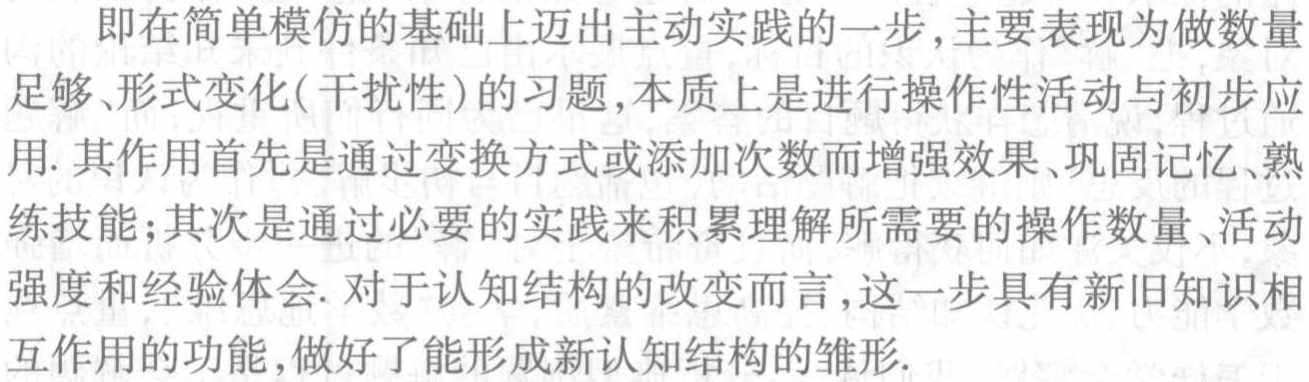
$AD$，又因$HC$与$AD$尚未相交，所以延长$AF$交$HC$于$K$，得$AK \perp HC$，由于$AK$是$\angle HAC$的平分线，因而构成“角平分线 + 垂线”这一等腰三角形的基本图形，则$AH = AC$，$HK = CK$。而由$AK$是$HC$的中垂线，又可得到$DH = DC$，那末通过$\triangle AHD$和$\triangle ACD$全等就可证明$\angle AHD = \angle ACD$。